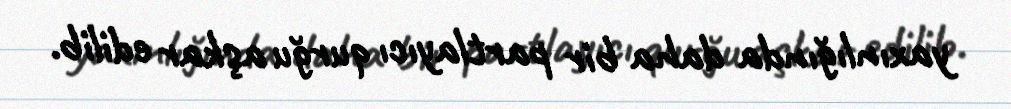
yaxınlığında daha bir partlayıcı qurğu aşkar edilib.